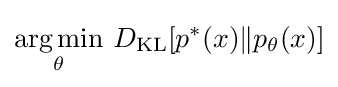
{\underset {\theta }{\operatorname {arg\,min} }}\ D_{\text{KL}}[p^{*}(x)\|p_{\theta }(x)]